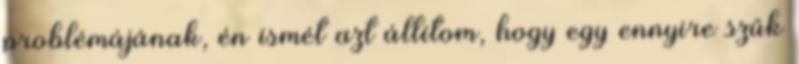
problémájának, én ismét azt állítom, hogy egy ennyire szűk